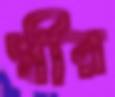
ধীর